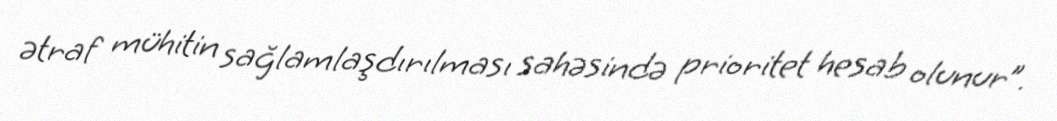
ətraf mühitin sağlamlaşdırılması sahəsində prioritet hesab olunur”.